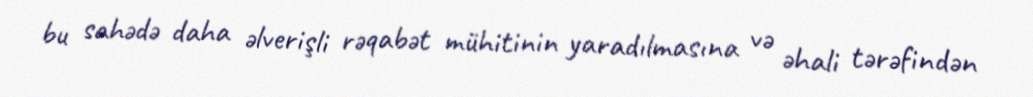
bu sahədə daha əlverişli rəqabət mühitinin yaradılmasına və əhali tərəfindən